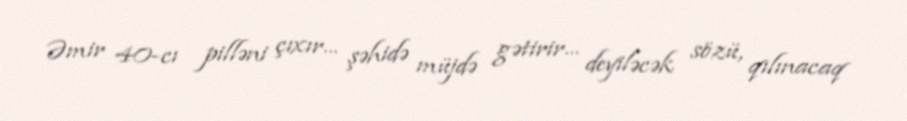
Əmir 40-cı pilləni çıxır... şəhidə müjdə gətirir... deyiləcək sözü, qılınacaq